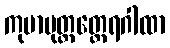
ကုမာပုတ္တတ္ထေရဂါထာ